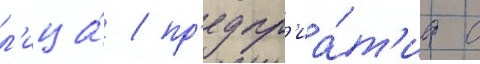
л'ица́ / пр'едпр'иа́т'иа с